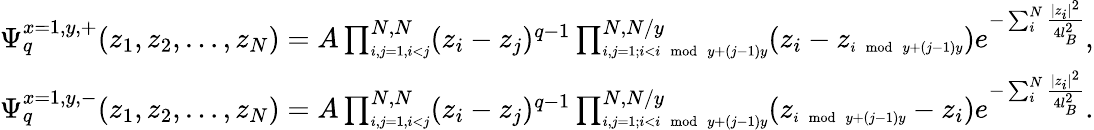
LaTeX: \begin{array}{l}{\Psi_{q}^{x=1,y,+}(z_{1},z_{2},\dots,z_{N})=A\prod_{\scriptscriptstyle{i,j=1,i<j}}^{N,N}(z_{i}-z_{j})^{q-1}\prod_{\scriptscriptstyle{i,j=1;i<i\; \operatorname{mod}\; y+(j-1)y}}^{N,N/y}(z_{i}-z_{\scriptscriptstyle{i\; \operatorname{mod}\; y+(j-1)y}})e^{-\sum_{i}^{N}\frac{|z_{i}|^{2}}{4l_{B}^{2}}},}\\ {\Psi_{q}^{x=1,y,-}(z_{1},z_{2},\dots,z_{N})=A\prod_{\scriptscriptstyle{i,j=1,i<j}}^{N,N}(z_{i}-z_{j})^{q-1}\prod_{\scriptscriptstyle{i,j=1;i<i\; \operatorname{mod}\; y+(j-1)y}}^{N,N/y}(z_{\scriptscriptstyle{i\; \operatorname{mod}\; y+(j-1)y}}-z_{i})e^{-\sum_{i}^{N}\frac{|z_{i}|^{2}}{4l_{B}^{2}}}.}\end{array}